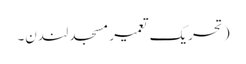
( تحریک تعمیر مسجد لندن۔